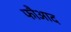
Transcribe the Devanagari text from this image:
फौआद